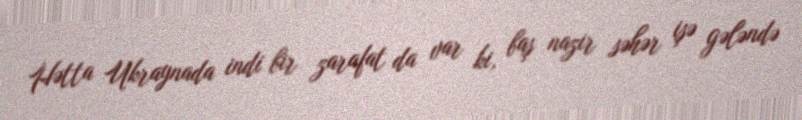
Hətta Ukraynada indi bir zarafat da var ki, baş nazir səhər işə gələndə